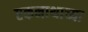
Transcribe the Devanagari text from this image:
एकनाथाच्या